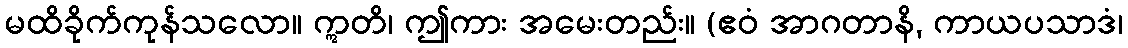
မထိခိုက်ကုန်သလော။ ဣတိ၊ ဤကား အမေးတည်း။ (ဧဝံ အာဂတာနိ, ကာယပသာဒံ၊